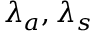
\lambda _ { a } , \lambda _ { s }